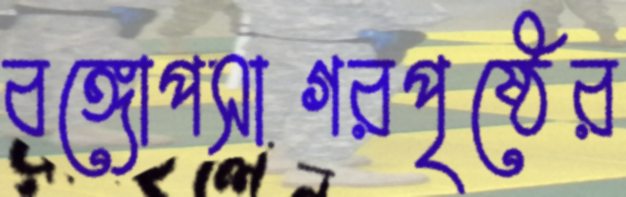
বঙ্গোপসাগরপৃষ্ঠের